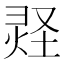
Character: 𪹂